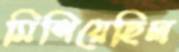
মিশিয়েছিল